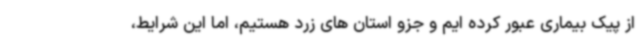
از پیک بیماری عبور کرده ایم و جزو استان های زرد هستیم، اما این شرایط،